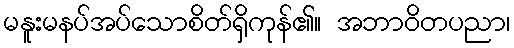
မနူးမနပ်အပ်သောစိတ်ရှိကုန်၏။ အဘာဝိတပညာ၊